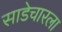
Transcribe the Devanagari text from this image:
साडेचारला